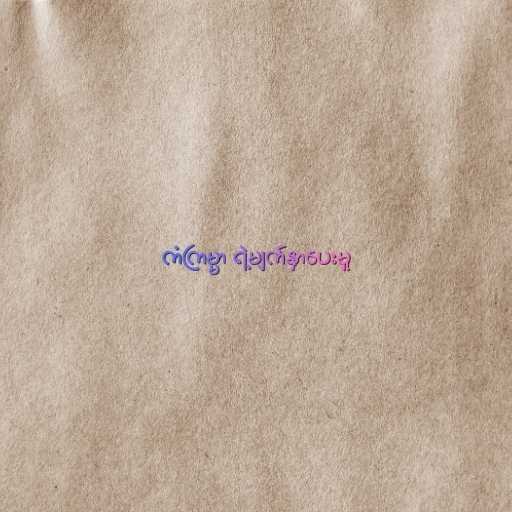
ကံကြမ္မာ ရဲ့မျက်နှာပေးမှု